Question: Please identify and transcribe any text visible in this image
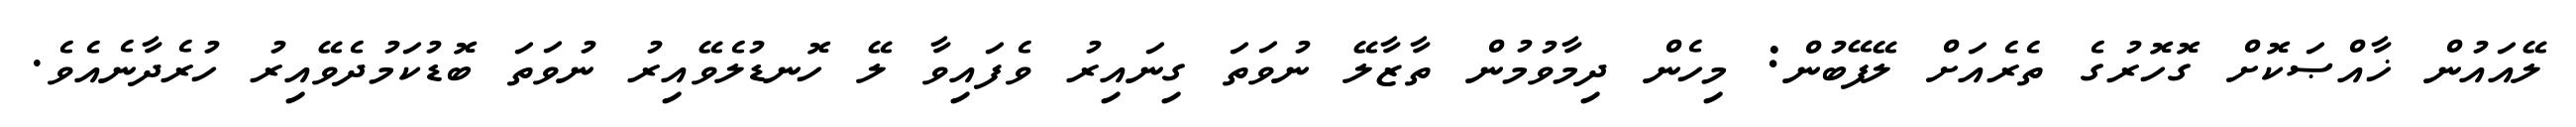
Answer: ލޭއައުން ޚާއްޞަކޮށް ގޮހޮރުގެ ތެރެއަށް ލޭފޭބުން: މިހެން ދިމާވުމުން ތާޒާލޭ ނުވަތަ ގިނައިރު ވެފައިވާ ލޭ ހޮނޑުލެވޭއިރު ނުވަތަ ބޮޑުކަމުދެވޭއިރު ހުރެދާނެއެވެ.